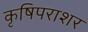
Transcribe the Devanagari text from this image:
कृषिपराशर